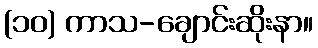
(၁၀) ကာသ-ချောင်းဆိုးနာ။